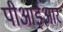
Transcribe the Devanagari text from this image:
पीआईआर